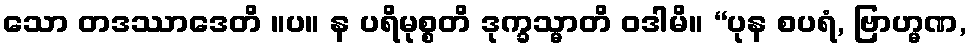
သော တဒဿာဒေတိ ။ပ။ န ပရိမုစ္စတိ ဒုက္ခသ္မာတိ ဝဒါမိ။ “ပုန စပရံ, ဗြာဟ္မဏ,